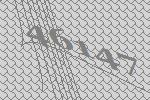
46147